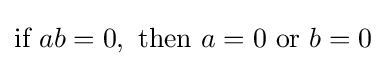
{\text{if }}ab=0,{\text{ then }}a=0{\text{ or }}b=0